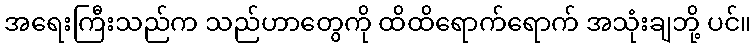
အရေးကြီးသည်က သည်ဟာတွေကို ထိထိရောက်ရောက် အသုံးချဘို့ ပင်။